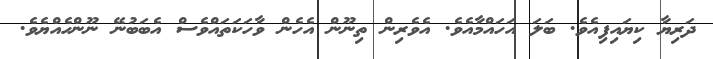
ދަރިޔާ ކިޔައިފިއެވެ. ބަލަ އަހައްމާއެވެ. އެވެރިން ތިނޫން އެހެން ވާހަކަތައްވެސް އެބަބުނޭ ނޫންހެއްޔެވެ.